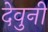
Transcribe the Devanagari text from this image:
देवुनी